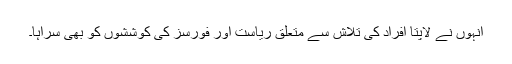
انہوں نے لاپتا افراد کی تلاش سے متعلق ریاست اور فورسز کی کوششوں کو بھی سراہا۔